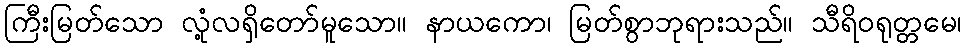
ကြီးမြတ်သော လုံ့လရှိတော်မူသော။ နာယကော၊ မြတ်စွာဘုရားသည်။ သီရိဝရုတ္တမေ၊